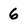
Character: 6